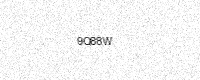
Text: 9Q88W